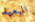
البعيد